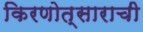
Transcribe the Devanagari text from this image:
किरणोत्साराची